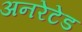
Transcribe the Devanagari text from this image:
अनरेटेड